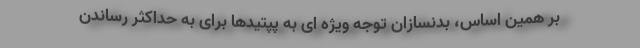
بر همین اساس، بدنسازان توجه ویژه ای به پپتیدها برای به حداکثر رساندن